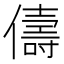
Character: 儔